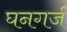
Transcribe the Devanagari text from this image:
घनगर्ज